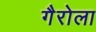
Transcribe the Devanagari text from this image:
गैरोला